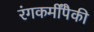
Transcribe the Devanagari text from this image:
रंगकर्मींपैकी